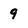
Character: 9